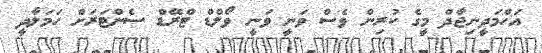
އަހްމަދީނިޖާދް މީގެ ކުރިން ވެސް ވަނީ ވަނީ ވޯލްޑް ޓްރޭޑް ސެންޓަރަށް ހަމަލާދީ